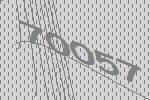
70057